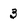
Character: 3